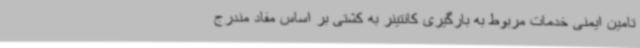
تامین ایمنی خدمات مربوط به بارگیری کانتینر به کشتی بر اساس مفاد مندرج